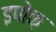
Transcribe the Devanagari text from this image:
इपोक़